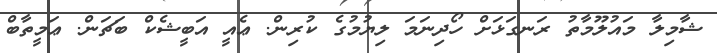
ޝާމިލާ މައުލޫމާތު ރަނގަޅަށް ހޯދިނަމަ ލިޔުމުގެ ކުރިން. ޢެއީ އަބީޝެކް ބަޗަން. ޢަމީތާބް